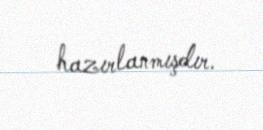
hazırlanmışdır.